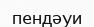
пендәуи